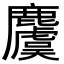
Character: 𪋬